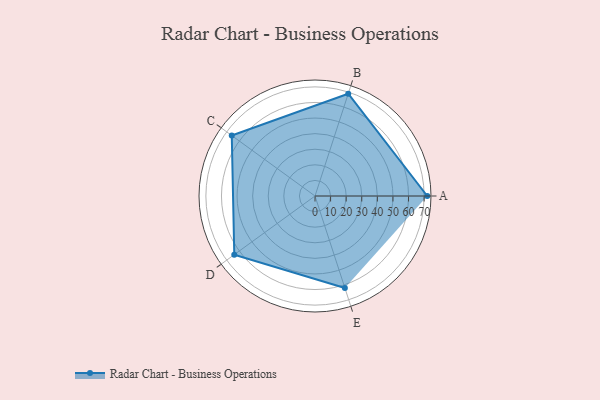
{"axis": {"x": "Skill", "y": "Score"}, "legend": ["Profile"], "data": [{"x": "A", "y": 72.0, "type": "Profile"}, {"x": "B", "y": 69.0, "type": "Profile"}, {"x": "C", "y": 66.0, "type": "Profile"}, {"x": "D", "y": 64.0, "type": "Profile"}, {"x": "E", "y": 62.0, "type": "Profile"}]}